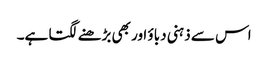
اس سے ذہنی دباؤ اور بھی بڑھنے لگتا ہے۔